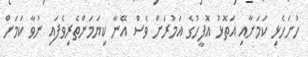
ހުށަހެޅި ކަމަށާއި އަތޮޅު އޮފީހުގެ އަމުރަށް ވެސް އޭނާ ކިޔަމަންތެރިވެފައި ނުވާ ކަމަށް